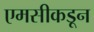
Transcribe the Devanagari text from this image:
एमसीकडून